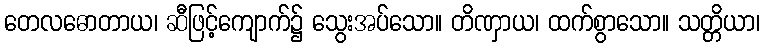
တေလဓောတာယ၊ ဆီဖြင့်ကျောက်၌ သွေးအပ်သော။ တိဏှာယ၊ ထက်စွာသော။ သတ္တိယာ၊